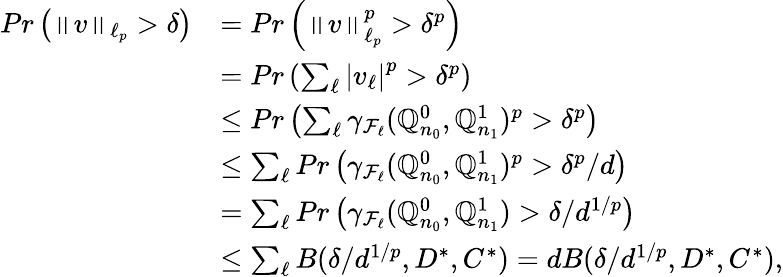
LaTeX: \begin{array}{rl}{Pr\left(\left\Vert v\right\Vert_{\ell_{p}}>\delta\right)}&{=Pr\left(\left\Vert v\right\Vert_{\ell_{p}}^{p}>\delta^{p}\right)}\\ &{=Pr\left(\sum_{\ell}\left|v_{\ell}\right|^{p}>\delta^{p}\right)}\\ &{\leq Pr\left(\sum_{\ell}\gamma_{\mathcal{F}_{\ell}}(\mathbb{Q}_{n_{0}}^{0},\mathbb{Q}_{n_{1}}^{1})^{p}>\delta^{p}\right)}\\ &{\leq\sum_{\ell}Pr\left(\gamma_{\mathcal{F}_{\ell}}(\mathbb{Q}_{n_{0}}^{0},\mathbb{Q}_{n_{1}}^{1})^{p}>\delta^{p}/d\right)}\\ &{=\sum_{\ell}Pr\left(\gamma_{\mathcal{F}_{\ell}}(\mathbb{Q}_{n_{0}}^{0},\mathbb{Q}_{n_{1}}^{1})>\delta/d^{1/p}\right)}\\ &{\leq\sum_{\ell}B(\delta/d^{1/p},D^{*},C^{*})=dB(\delta/d^{1/p},D^{*},C^{*}),}\end{array}